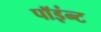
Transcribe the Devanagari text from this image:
पॉइंन्ट